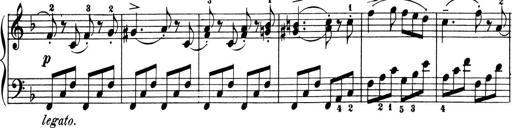
Title: 6 Piano Sonatinas
Composer: Cornelius Gurlitt